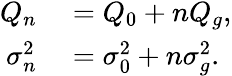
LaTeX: \begin{array}{rl}{Q_{n}}&{{}=Q_{0}+nQ_{g},}\\ {\sigma_{n}^{2}}&{{}=\sigma_{0}^{2}+n\sigma_{g}^{2}.}\end{array}